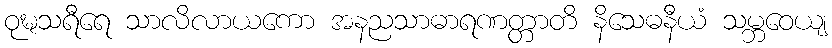
ဝုဍ္ဎသရီရေ သာလိလာယကော အနညသာဓာရဏတ္တာတိ နိသေဓနီယံ သမ္ဘဝေယျ